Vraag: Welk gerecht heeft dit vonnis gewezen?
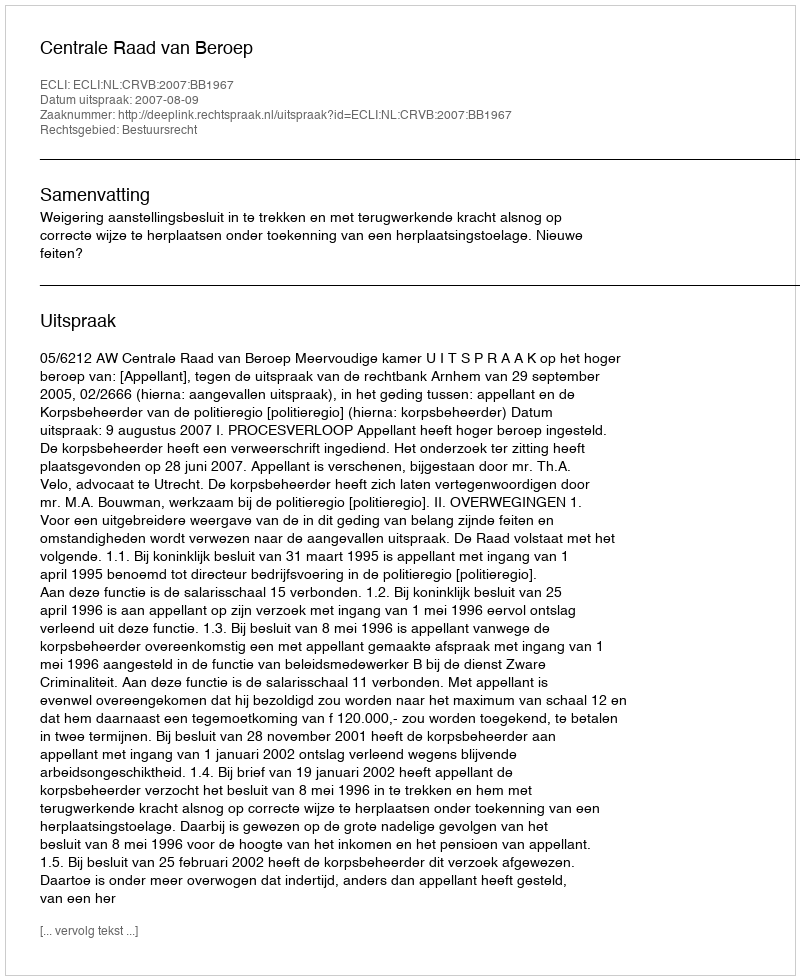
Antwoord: Centrale Raad van Beroep